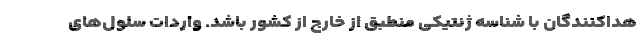
هداكنندگان با شناسه ژنتیكی منطبق از خارج از كشور باشد. واردات سلول‌های